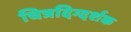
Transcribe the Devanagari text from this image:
चित्रदिग्दर्शक